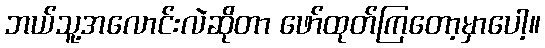
ဘယ်သူ့အလောင်းလဲဆိုတာ ဖော်ထုတ်ကြတော့မှာပေါ့။